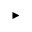
\blacktriangleright